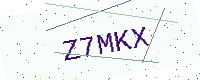
Text: Z7MKX